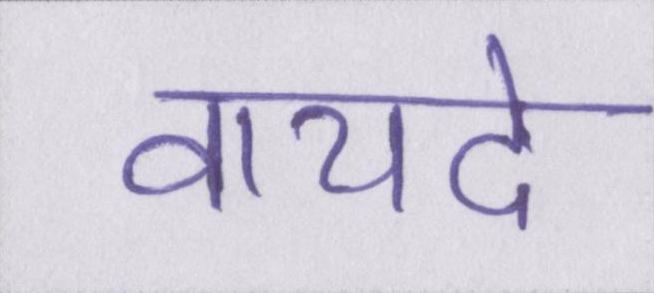
वायदे